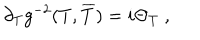
\partial _ { T } g ^ { - 2 } ( T , \overline { { { T } } } ) = i \Theta _ { T } \ ,